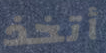
أتخذ